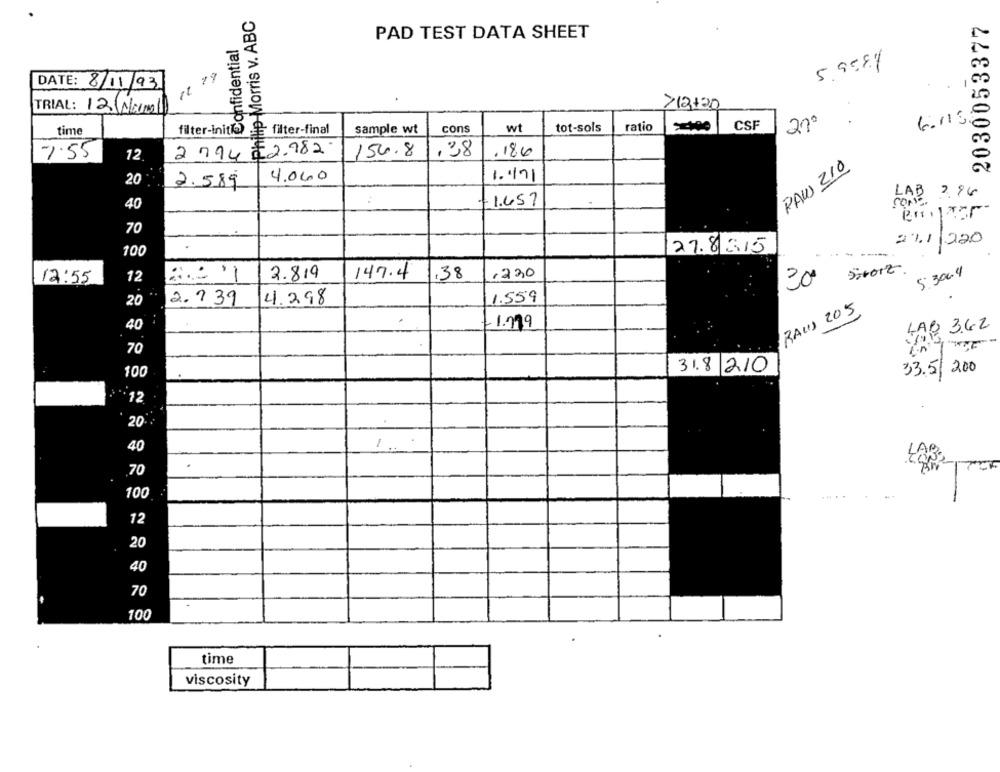
Philip Morris v. ABC
2030053377
PAD TEST DATA SHEET
Confidential
5.9584
DATE: 8/11/93
TRIAL: 12 (Normal)
712+20
CSF
200
time
filter-init's
filter-final
sample wt
cons
wt
tot-sols
ratio
7.55
12
2794 22.982.
150.8
,38
.180
RAUS 210
4.000
1.171
20
2.589
LAB 2.96
-1.457
CONe.
40
70
21/1/220
100
27.835
. ..
-----
-
5-1012
5:3004
12
2.819
147.4
.38
.230
12:55
20
2.739
4.298
1.559
RAUS 205
.1.199
40
LAB 3.62
70
318 210
33.5/200
100
·12
20
40
LA
70
100
12
20
40
70
100
time
viscosity